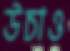
উচাও